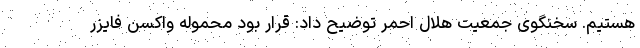
هستیم. سخنگوی جمعیت هلال احمر توضیح داد: قرار بود محموله واکسن فایزر